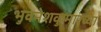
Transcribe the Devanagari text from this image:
भुवनेशकुमारच्या